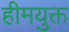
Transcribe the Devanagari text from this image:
हीमयुक्त